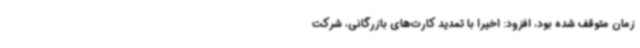
زمان متوقف شده بود، افزود: اخیرا با تمدید کارت‌های بازرگانی، شرکت